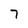
Character: 7